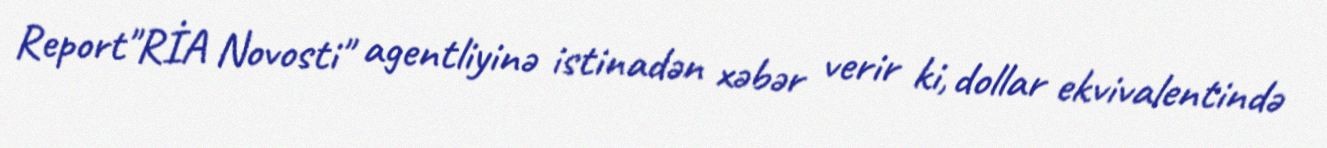
Report"RİA Novosti" agentliyinə istinadən xəbər verir ki, dollar ekvivalentində